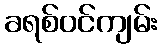
ခရစ်ဝင်ကျမ်း